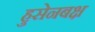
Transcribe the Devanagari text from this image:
हुसेनबक्ष